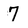
Character: 7